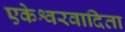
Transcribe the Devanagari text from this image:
एकेश्वरवादिता